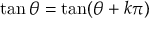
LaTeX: \tan \theta = \tan ( \theta + k \pi ) \quad